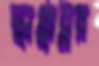
ছাপ্পান্নর